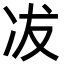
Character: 冹